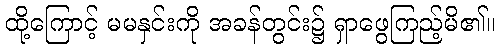
ထို့ကြောင့် မမနှင်းကို အခန်တွင်း၌ ရှာဖွေကြည့်မိ၏။